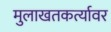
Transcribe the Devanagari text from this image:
मुलाखतकर्त्यावर